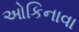
ઓકિનાવા